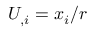
U _ { , i } = x _ { i } / r